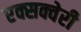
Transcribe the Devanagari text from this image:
एक्सक्वेरी